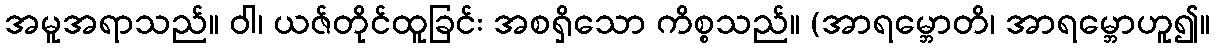
အမူအရာသည်။ ဝါ၊ ယဇ်တိုင်ထူခြင်း အစရှိသော ကိစ္စသည်။ (အာရမ္ဘောတိ၊ အာရမ္ဘောဟူ၍။